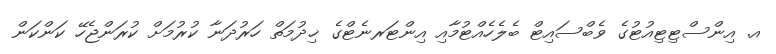
އ. އިންސްޓިޓިއުޓުގެ ވެބްސައިޓް ބެލެހެއްޓުމާއި އިންޓަރނެޓްގެ ޚިދުމަތް ހަރުދަނާ ކުރުމަށް ކުރަންޖެހޭ ކަންކަން